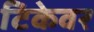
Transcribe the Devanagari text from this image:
टिकेवर